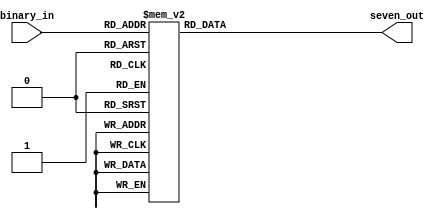
`timescale 1ns / 1ps
//////////////////////////////////////////////////////////////////////////////////
// Company: 
// Engineer: 
// 
// Design Name: 
// Module Name:    all_to_segment 
// Project Name: 
// Target Devices: 
// Tool versions: 
// Description: 
//
// Dependencies: 
//
// Revision: 
// Revision 0.01 - File Created
// Additional Comments: 
//
//////////////////////////////////////////////////////////////////////////////////
module all_to_segment(
    input [4:0] binary_in,
    output reg [7:0] seven_out
    );

always @(binary_in)
begin
	case(binary_in)								//1 means off and 0 means on
		5'd0: seven_out =7'b0000001;			// OFF status, for 2 middle 7-segments
		5'd1: seven_out =7'b1001111;			//display 1
		5'd2: seven_out =7'b0010010;			//2
		5'd3: seven_out =7'b0000110;			//3
		5'd4: seven_out =7'b1001100;			//4
		5'd5: seven_out =7'b0100100;
		5'd6: seven_out =7'b0100000;
		5'd7: seven_out =7'b0001111;
		5'd8: seven_out =7'b0000000;
		5'd9: seven_out =7'b0000100;
		5'd10: seven_out = 7'b0001000;		//A
		5'd11: seven_out = 7'b1100000;		//b
		5'd12: seven_out = 7'b0110001;		//C
		5'd13: seven_out = 7'b1000010;		//d
		5'd14: seven_out = 7'b0110000;		//E
		5'd15: seven_out = 7'b0111000;		//F
		
		5'd16: seven_out = 7'b1111110;		//Display Dashes
		5'd17: seven_out = 7'b1111111;		//Display "blanks"
		
		5'd18: seven_out =7'b0000001;		//O			
		5'd19: seven_out =7'b0011000;		//P	
		5'd20: seven_out =7'b0110000;		//E	
		5'd21: seven_out =7'b1101010;		//n	
		5'd22: seven_out =7'b0110001;		//C
		5'd23: seven_out =7'b1110001;		//L
		5'd24: seven_out =7'b0100100;		//S
		5'd25: seven_out =7'b1000010;		//d
		5'd26: seven_out =7'b1100011;		//u
		5'd27: seven_out =7'b1111010;		//r


		default: seven_out = 7'h1;
	endcase
end

endmodule